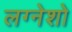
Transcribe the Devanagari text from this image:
लग्नेशो